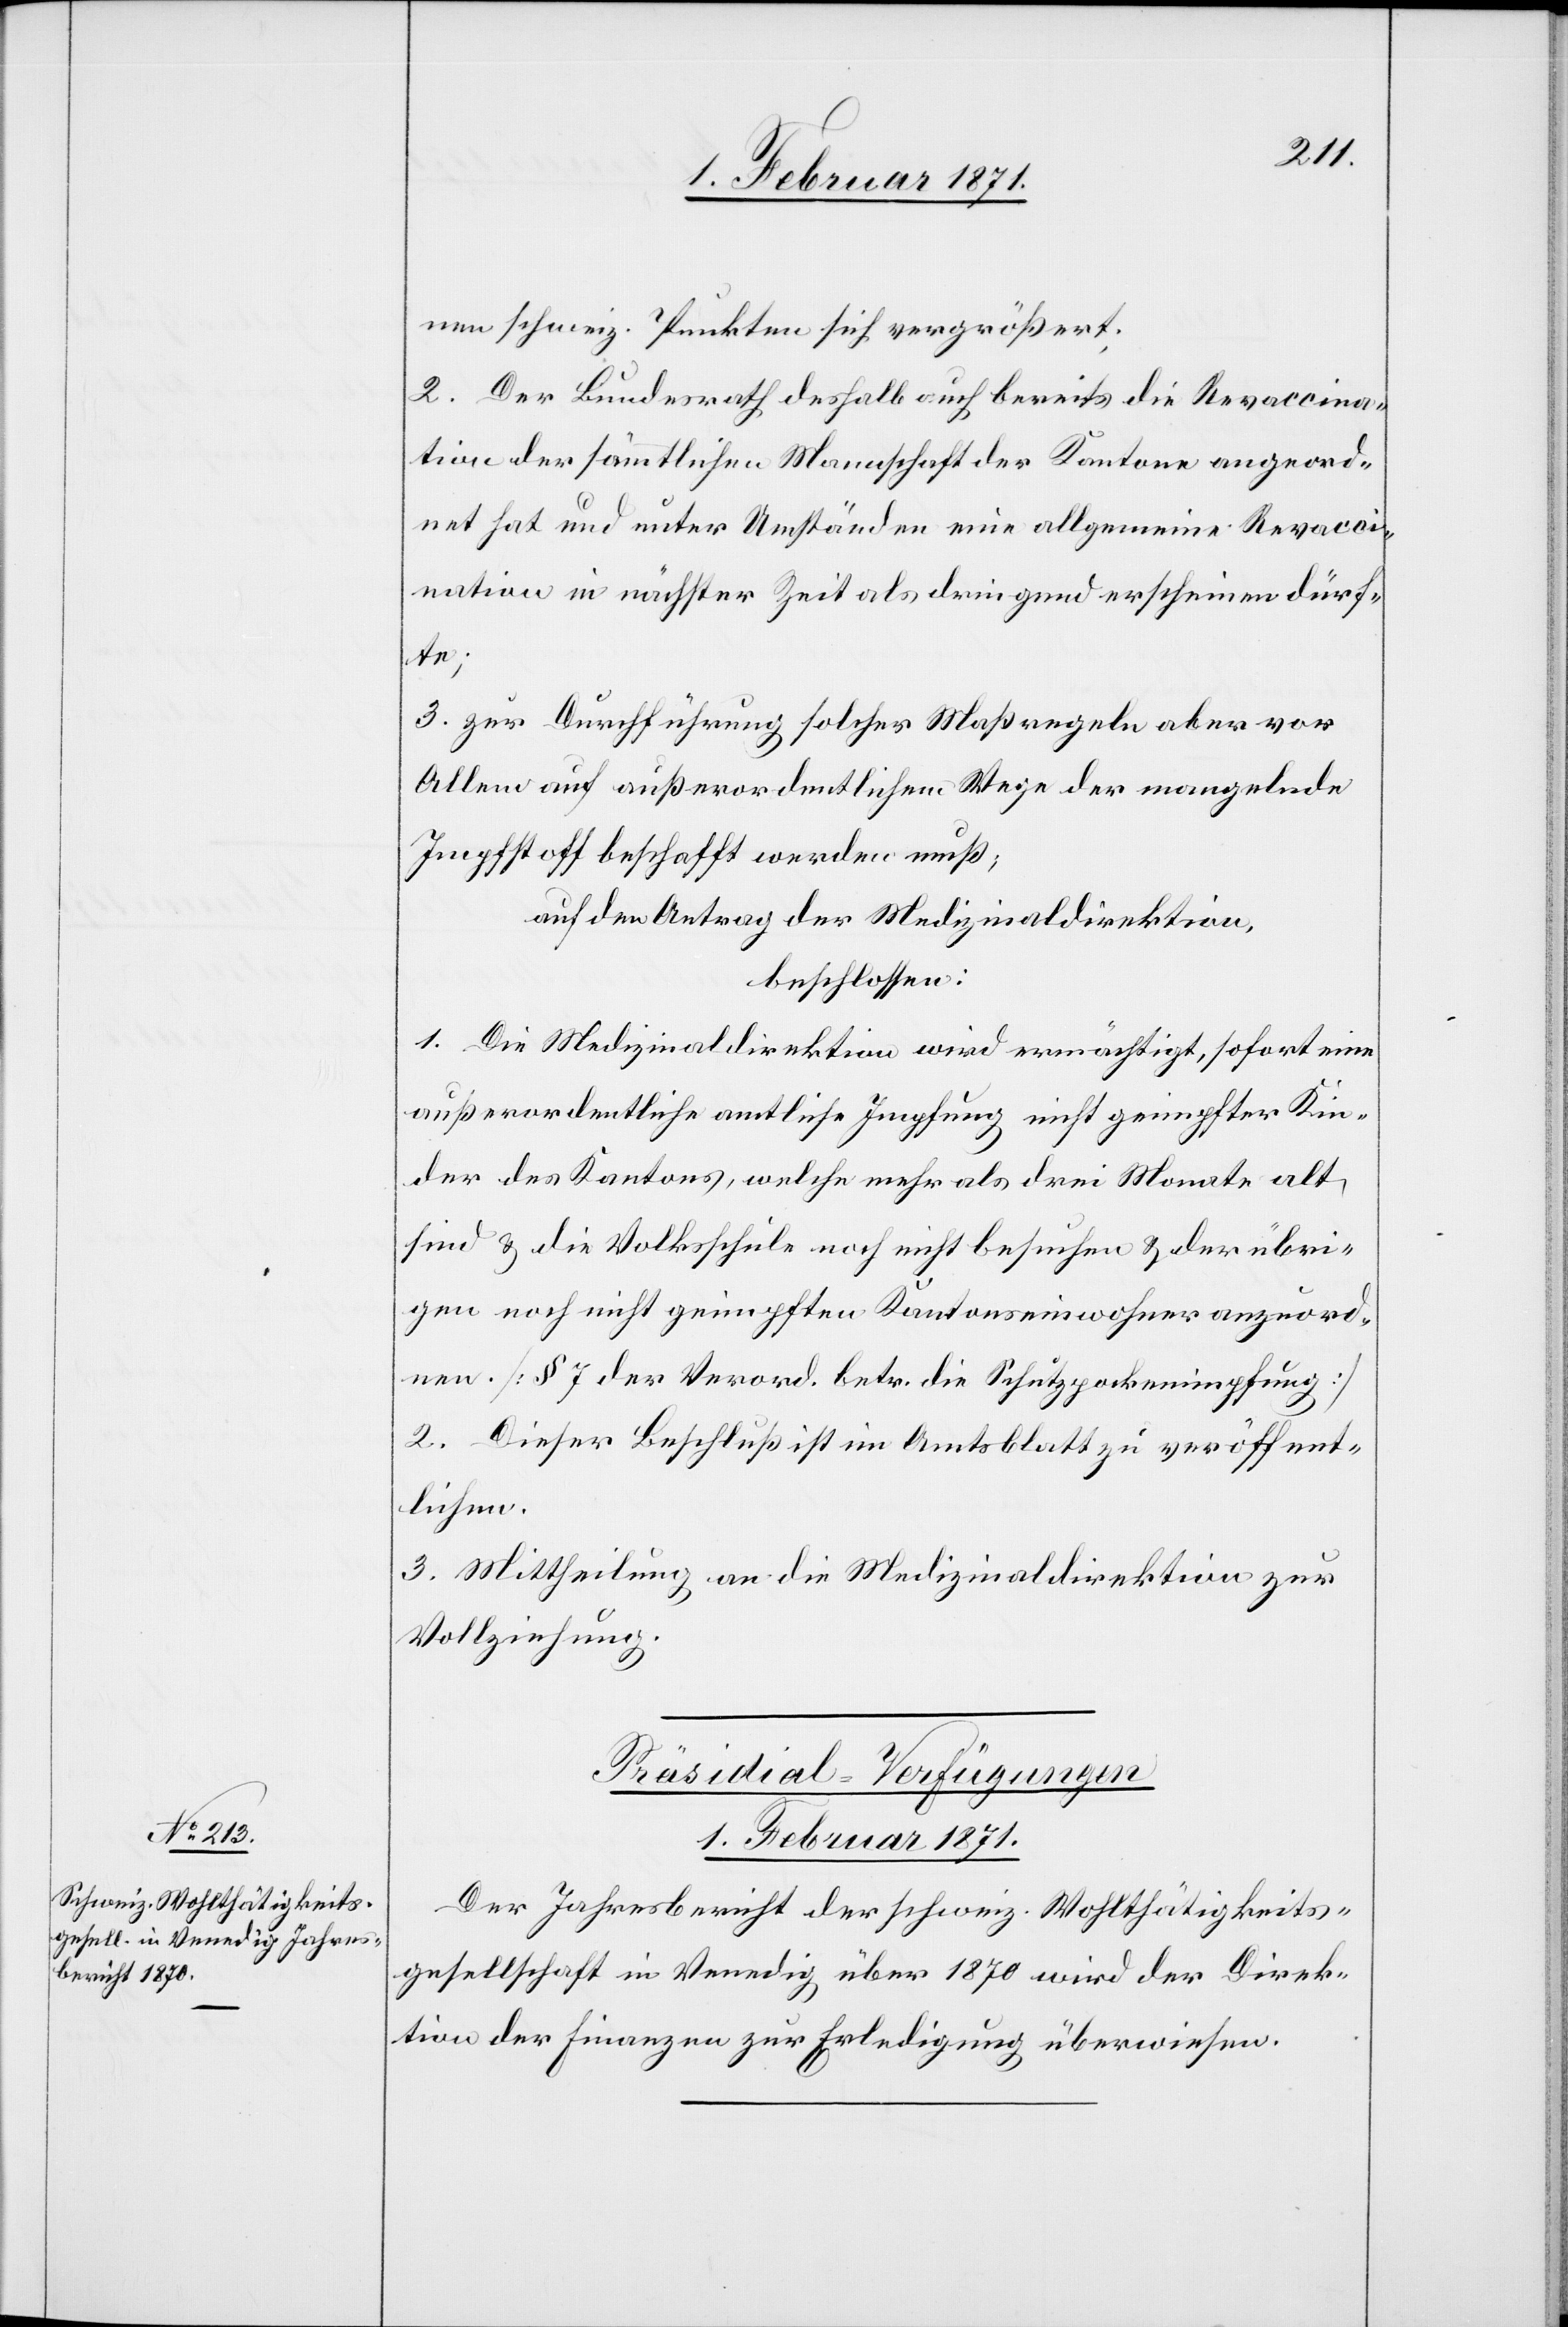
ne schweiz. Punkten sich vergrößert;
2. Der Bundesrath deshalb auch bereits die Revaccina¬
tion der sämmtlichen Mannschaft der Kantone angeord¬
net hat und unter Umständen eine allgemeine Revacci¬
nation in nächster Zeit als dringend erscheinen dürf¬
te;
3. Zur Durchführung solcher Maßregeln aber vor
Allem auf außerordentlichem Wege der mangelnde
Impfstoff beschafft werden muß;
auf den Antrag der Medizinaldirektion,
beschlossen:
1. Die Medizinaldirektion wird ermächtigt, sofort eine
außerordentliche amtliche Impfung nicht geimpfter Kin¬
der des Kantons, welche mehr als drei Monate alt
sind u. d. Volksschule noch nicht besuchen u. der übri¬
gen noch nicht geimpften Kantonseinwohner anzuord¬
nen. [§ 7 der Verord. betr. die Schutzpockenimpfung]
2. Dieser Beschluß ist im Amtsblatt zu veröffent¬
lichen.
3. Mittheilung an die Medizinaldirektion zur
Vollziehung.
Präsidial-Verfügungen
1. Februar 1871.
Der Jahresbericht der schweiz. Wohltätigkeits¬
gesellschaft in Venedig über 1870 wird der Direk¬
tion der Finanzen zur Erledigung überwiesen.